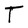
Character: T